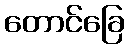
တောင်ခြေ